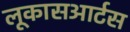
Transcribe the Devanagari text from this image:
लूकासआर्टस